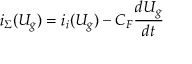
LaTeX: i _ { \Sigma } ( U _ { g } ) = i _ { i } ( U _ { g } ) - C _ { F } { \frac { d U _ { g } } { d t } }